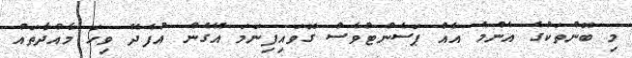
މި ބޮންތަކުގެ އެންމެ އެއް ޕަސެންޓުވެސް ގޮވައިފިނަމަ އޭގެން އުފެދޭ ވިހަ މާއްދާތައް